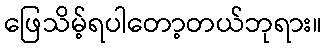
ဖြေသိမ့်ရပါတော့တယ်ဘုရား။